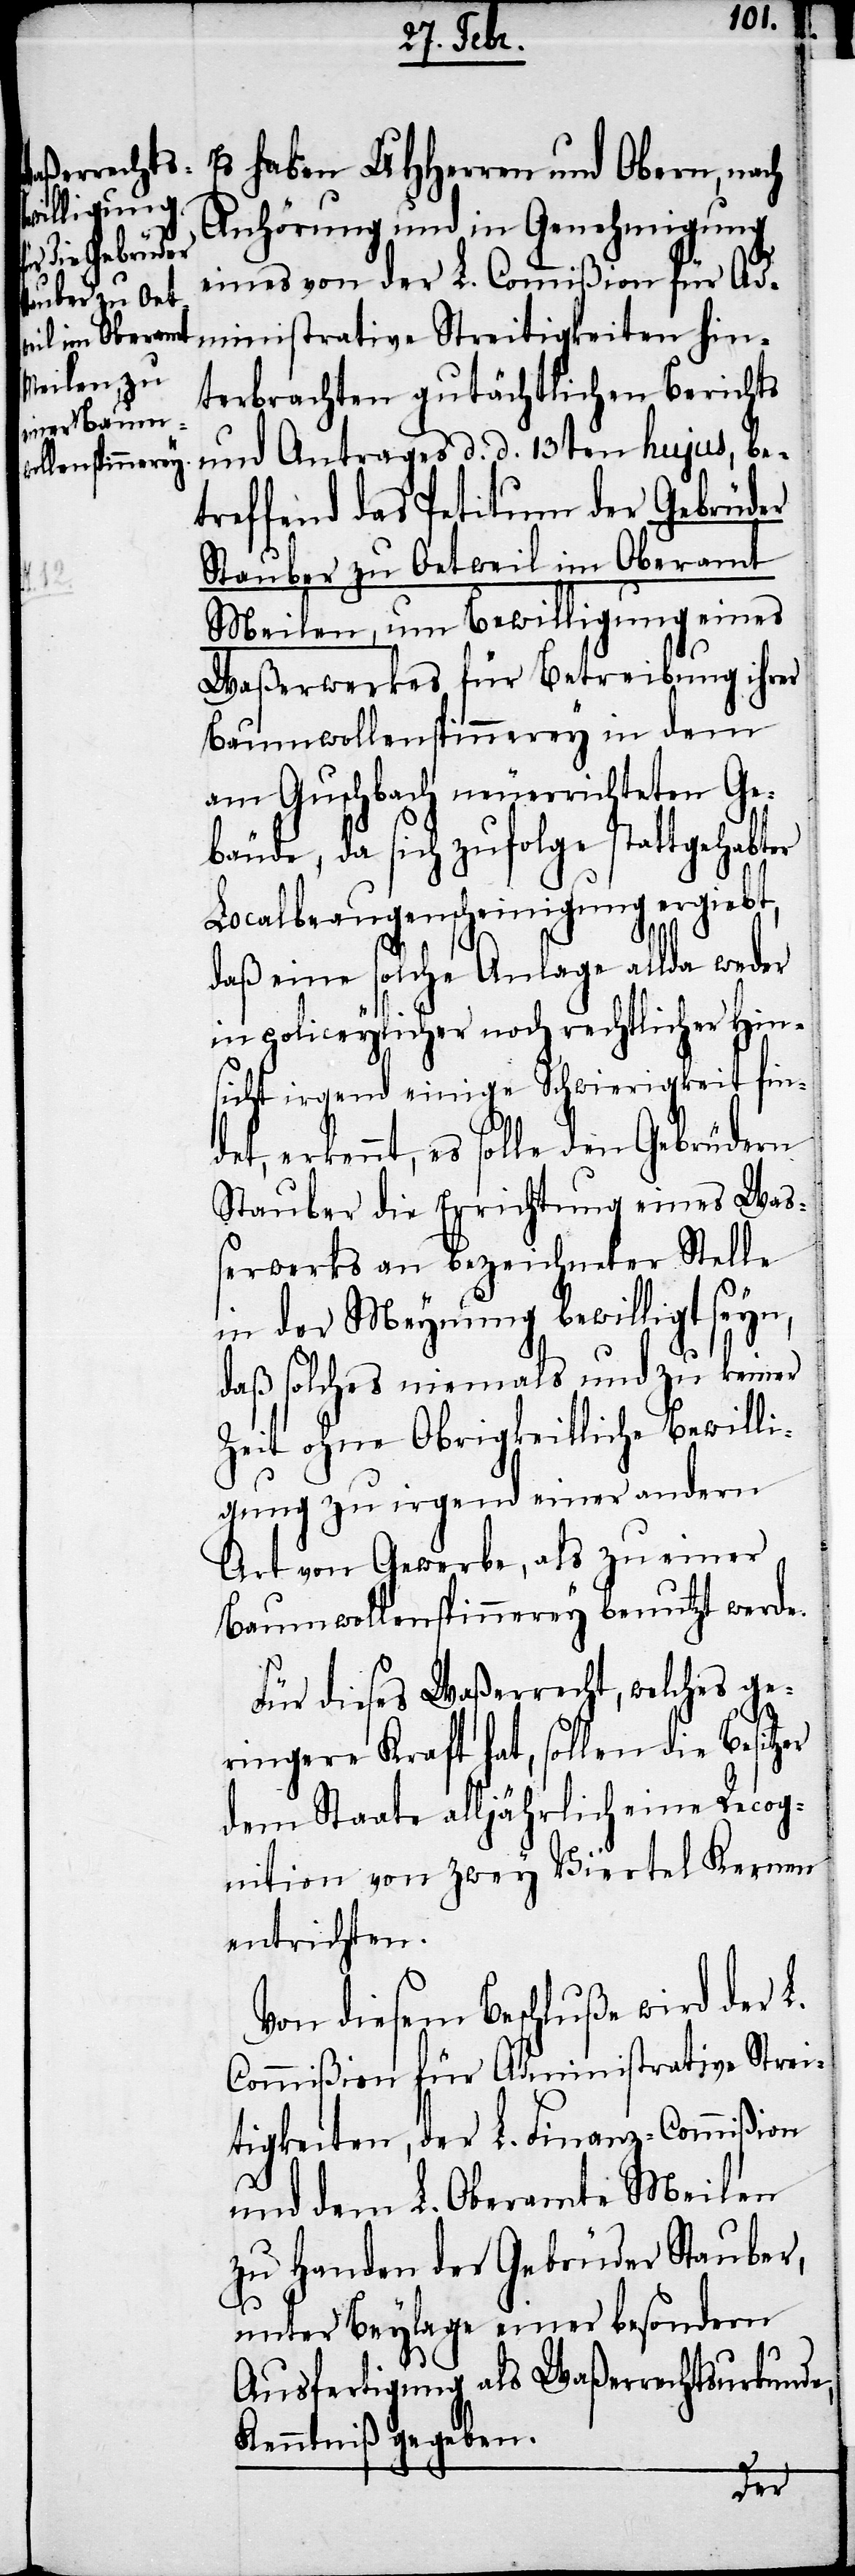
Es haben UHHerren und Obern, nach
Anhörung und in Genehmigung
eines von der L. Commißion für Ad¬
ministrative Streitigkeiten hin¬
terbrachten gutächtlichen Berichts
und Antrages d. d. 13ten hujus, be¬
treffend das Petitum der Gebrüder
Stauber zu Oetweil im Oberamt
Meilen, um Bewilligung eines
Waßerwerkes für Betreibung ihrer
Baumwollenspinnerey in dem
am Guschbach neuerrichteten Ge¬
bäude, da sich zufolge stattgehabter
Localbeaugenscheinigung ergiebt,
daß eine solche Anlage allda weder
in policeylicher noch rechtlicher Hin¬
sicht irgend einige Schwierigkeit fin¬
det, erkennt, es solle den Gebrüdern
Stauber die Errichtung eines Was¬
serwerks an bezeichneter Stelle
in der Meynung bewilligt seyn,
daß solches niemals und zu keiner
Zeit ohne Obrigkeitliche Bewilli¬
gung zu irgend einer andern
Art von Gewerbe, als zu einer
Baumwollenspinnerey benutzt werde.
Für dieses Waßerrecht, welches ge¬
ringere Kraft hat, sollen die Besit¬
dem Staate alljährlich eine Recog¬
nition von zwey Viertel Kernen
entrichten.
Von diesem Beschluße wird der L.
Commißion für Administrative Strei¬
tigkeiten, der L. Finanz-Commißion
und dem L. Oberamte Meilen
zu Handen der Gebrüder Stauber,
unter Beylage einer besondern
Ausfertigung als Waßerrechtsurkunde,
Kenntniß gegeben.
zer